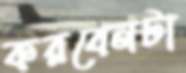
করবেনটা